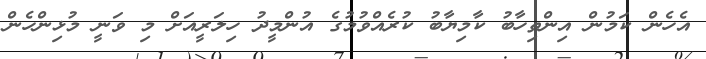
އެހެން ކަމުން އިންތިހާބު ކާމިޔާބު ކުރެއްވުމުގެ އުންމީދު ހިލަރީއަށް މި ވަނީ މުޅިންހެން